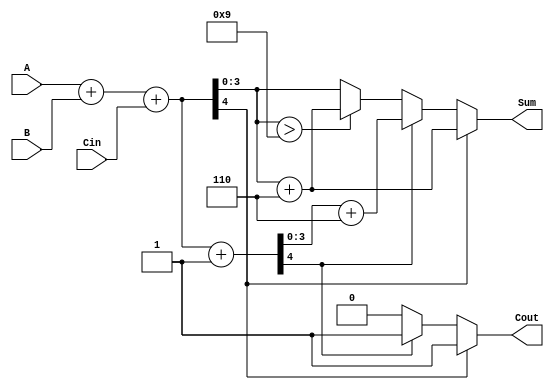
module BCD_MCSA (
    input [3:0] A,      // First BCD input
    input [3:0] B,      // Second BCD input
    input Cin,          // Carry input
    output reg [3:0] Sum, // BCD result output
    output reg Cout      // Carry output
);

    wire [4:0] sum0;    // Sum for A + B + 0
    wire [4:0] sum1;    // Sum for A + B + 1
    wire correction0;    // Correction needed for sum0
    wire correction1;    // Correction needed for sum1

    // Calculate A + B + 0 and A + B + 1
    assign sum0 = A + B + Cin;  // Path 0
    assign sum1 = A + B + Cin + 1; // Path 1

    // BCD correction logic for both sums
    assign correction0 = sum0[3:0] > 4'b1001; // Check if sum0 > 9
    assign correction1 = sum1[3:0] > 4'b1001; // Check if sum1 > 9

    always @(*) begin
        // Select the appropriate path based on carry-out
        if (sum0[4] == 1) begin
            Sum = sum0[3:0] + 4'b0110; // Apply correction for sum0
            Cout = 1;
        end else if (sum1[4] == 1) begin
            Sum = sum1[3:0] + 4'b0110; // Apply correction for sum1
            Cout = 1;
        end else begin
            // No correction needed
            if (correction0) begin
                Sum = sum0[3:0] + 4'b0110; // Apply correction for sum0
            end else begin
                Sum = sum0[3:0]; // No correction needed
            end
            Cout = 0; // No carry-out in this case
        end
    end

endmodule